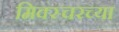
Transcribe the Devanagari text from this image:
मिक्स्चरच्या